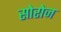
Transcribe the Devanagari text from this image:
सोरोज